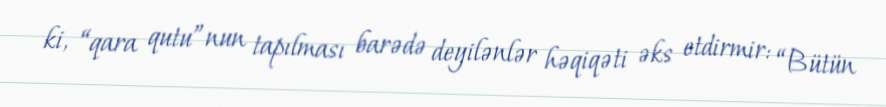
ki, “qara qutu”nun tapılması barədə deyilənlər həqiqəti əks etdirmir: “Bütün